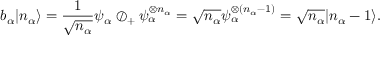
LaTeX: b _ { \alpha } | n _ { \alpha } \rangle = { \frac { 1 } { \sqrt { n _ { \alpha } } } } \psi _ { \alpha } \oslash _ { + } \psi _ { \alpha } ^ { \otimes n _ { \alpha } } = { \sqrt { n _ { \alpha } } } \psi _ { \alpha } ^ { \otimes ( n _ { \alpha } - 1 ) } = { \sqrt { n _ { \alpha } } } | n _ { \alpha } - 1 \rangle .